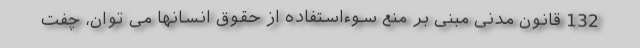
132 قانون مدنی مبنی بر منع سوءاستفاده از حقوق انسانها می توان، چفت